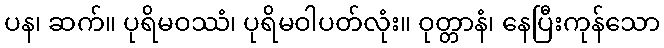
ပန၊ ဆက်။ ပုရိမဝဿံ၊ ပုရိမဝါပတ်လုံး။ ဝုတ္တာနံ၊ နေပြီးကုန်သော